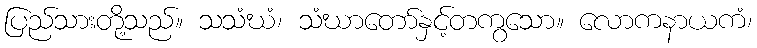
ပြည်သားတို့သည်။ သသံဃံ၊ သံဃာတော်နှင့်တကွသော။ လောကနာယကံ၊